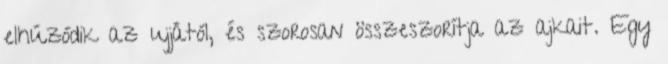
elhúzódik az ujjától, és szorosan összeszorítja az ajkait. Egy